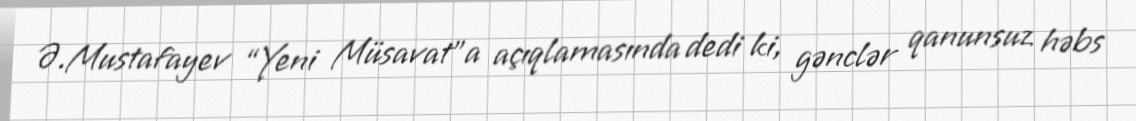
Ə.Mustafayev “Yeni Müsavat”a açıqlamasında dedi ki, gənclər qanunsuz həbs